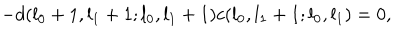
- d ( l _ { 0 } + 1 , l _ { 1 } + 1 ; l _ { 0 } , l _ { 1 } + 1 ) c ( l _ { 0 } , l _ { 1 } + 1 ; l _ { 0 } , l _ { 1 } ) = 0 ,